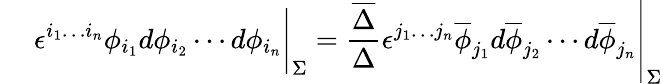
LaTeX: \left.\phantom{{\frac{A}{B}}}{\epsilon^{i_{1}\ldots i_{n}}\phi_{i_{1}}d\phi_{i_{2}}\cdots d\phi_{i_{n}}}\right|_{\Sigma}=\left.{\frac{\overline{{{\Delta}}}}{\Delta}}{\epsilon^{j_{1}\ldots j_{n}}\overline{{{\phi}}}_{j_{1}}d\overline{{{\phi}}}_{j_{2}}\cdots d\overline{{{\phi}}}_{j_{n}}}\right|_{\Sigma}